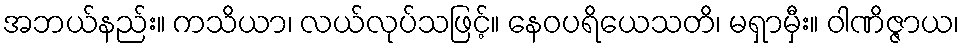
အဘယ်နည်း။ ကသိယာ၊ လယ်လုပ်သဖြင့်။ နေဝပရိယေသတိ၊ မရှာမှီး။ ဝါဏိဇ္ဇာယ၊